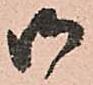
御